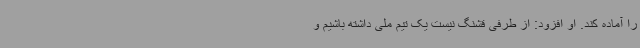
را آماده کند. او افزود: از طرفی قشنگ نیست یک تیم ملی داشته باشیم و